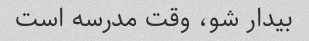
بیدار شو، وقت مدرسه است